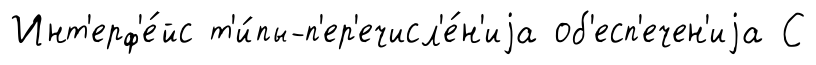
Инт'ерф'е́йс т'и́пы-п'ер'ечисл'е́н'иjа об'есп'ечен'иjа С